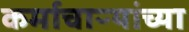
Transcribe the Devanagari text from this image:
कर्माचाऱ्यांच्या